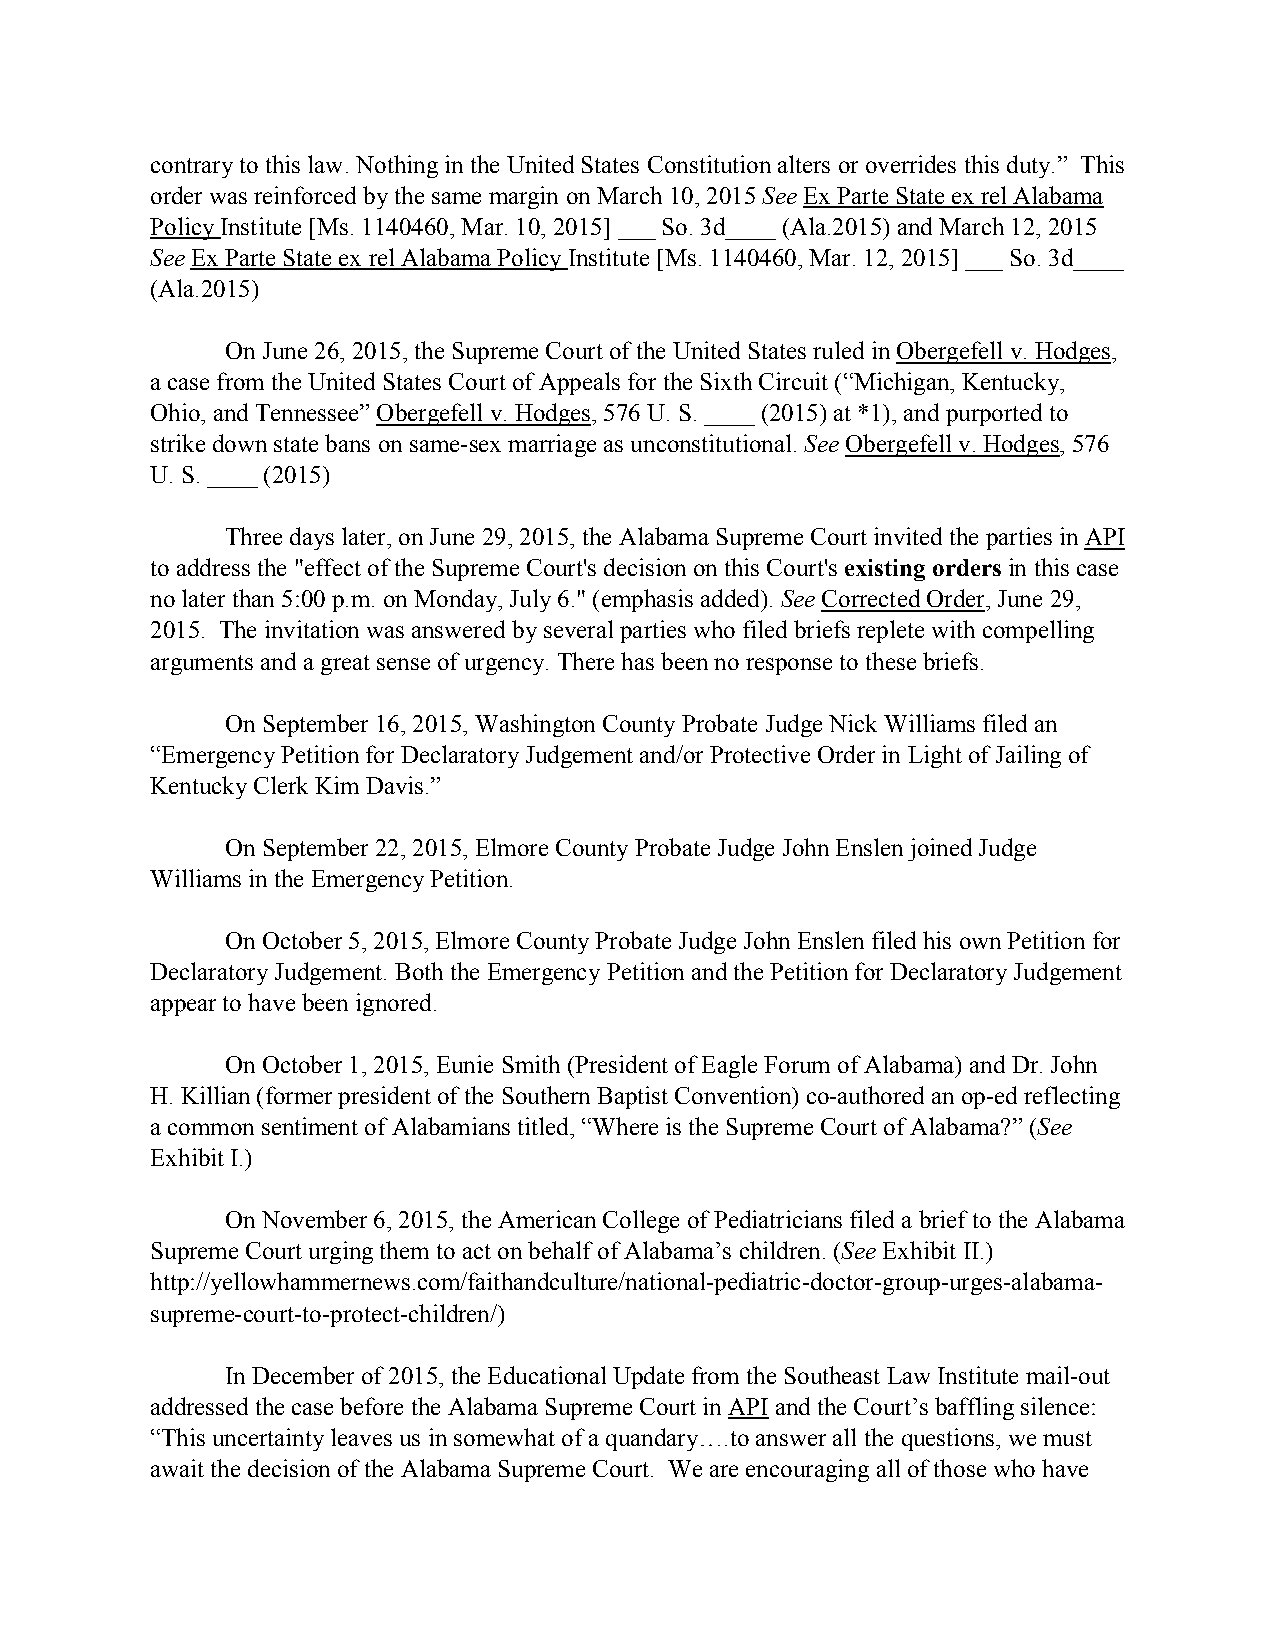
contrary to this law. Nothing in the United States Constitution alters or overrides this duty.” This
 order was reinforced by the same margin on March 10, 2015 See Ex Parte State ex rel Alabama
 Policy Institute [Ms. 1140460, Mar. 10, 2015] ___ So. 3d____ (Ala.2015) and March 12, 2015
 See Ex Parte State ex rel Alabama Policy Institute [Ms. 1140460, Mar. 12, 2015] ___ So. 3d____
 (Ala.2015)
 On June 26, 2015, the Supreme Court of the United States ruled in Obergefell v. Hodges,
 a case from the United States Court of Appeals for the Sixth Circuit (“Michigan, Kentucky,
 Ohio, and Tennessee” Obergefell v. Hodges, 576 U. S. ____ (2015) at *1), and purported to
 strike down state bans on same-sex marriage as unconstitutional. See Obergefell v. Hodges, 576
 U. S. ____ (2015)
 Three days later, on June 29, 2015, the Alabama Supreme Court invited the parties in API
 to address the "effect of the Supreme Court's decision on this Court's existing orders in this case
 no later than 5:00 p.m. on Monday, July 6." (emphasis added). See Corrected Order, June 29,
 2015. The invitation was answered by several parties who filed briefs replete with compelling
 arguments and a great sense of urgency. There has been no response to these briefs.
 On September 16, 2015, Washington County Probate Judge Nick Williams filed an
 “Emergency Petition for Declaratory Judgement and/or Protective Order in Light of Jailing of
 Kentucky Clerk Kim Davis.”
 On September 22, 2015, Elmore County Probate Judge John Enslen joined Judge
 Williams in the Emergency Petition.
 On October 5, 2015, Elmore County Probate Judge John Enslen filed his own Petition for
 Declaratory Judgement. Both the Emergency Petition and the Petition for Declaratory Judgement
 appear to have been ignored.
 On October 1, 2015, Eunie Smith (President of Eagle Forum of Alabama) and Dr. John
 H. Killian (former president of the Southern Baptist Convention) co-authored an op-ed reflecting
 a common sentiment of Alabamians titled, “Where is the Supreme Court of Alabama?” (See
 Exhibit I.)
 On November 6, 2015, the American College of Pediatricians filed a brief to the Alabama
 Supreme Court urging them to act on behalf of Alabama’s children. (See Exhibit II.)
 http://yellowhammernews.com/faithandculture/national-pediatric-doctor-group-urges-alabama-
 supreme-court-to-protect-children/)
 In December of 2015, the Educational Update from the Southeast Law Institute mail-out
 addressed the case before the Alabama Supreme Court in API and the Court’s baffling silence:
 “This uncertainty leaves us in somewhat of a quandary….to answer all the questions, we must
 await the decision of the Alabama Supreme Court. We are encouraging all of those who have